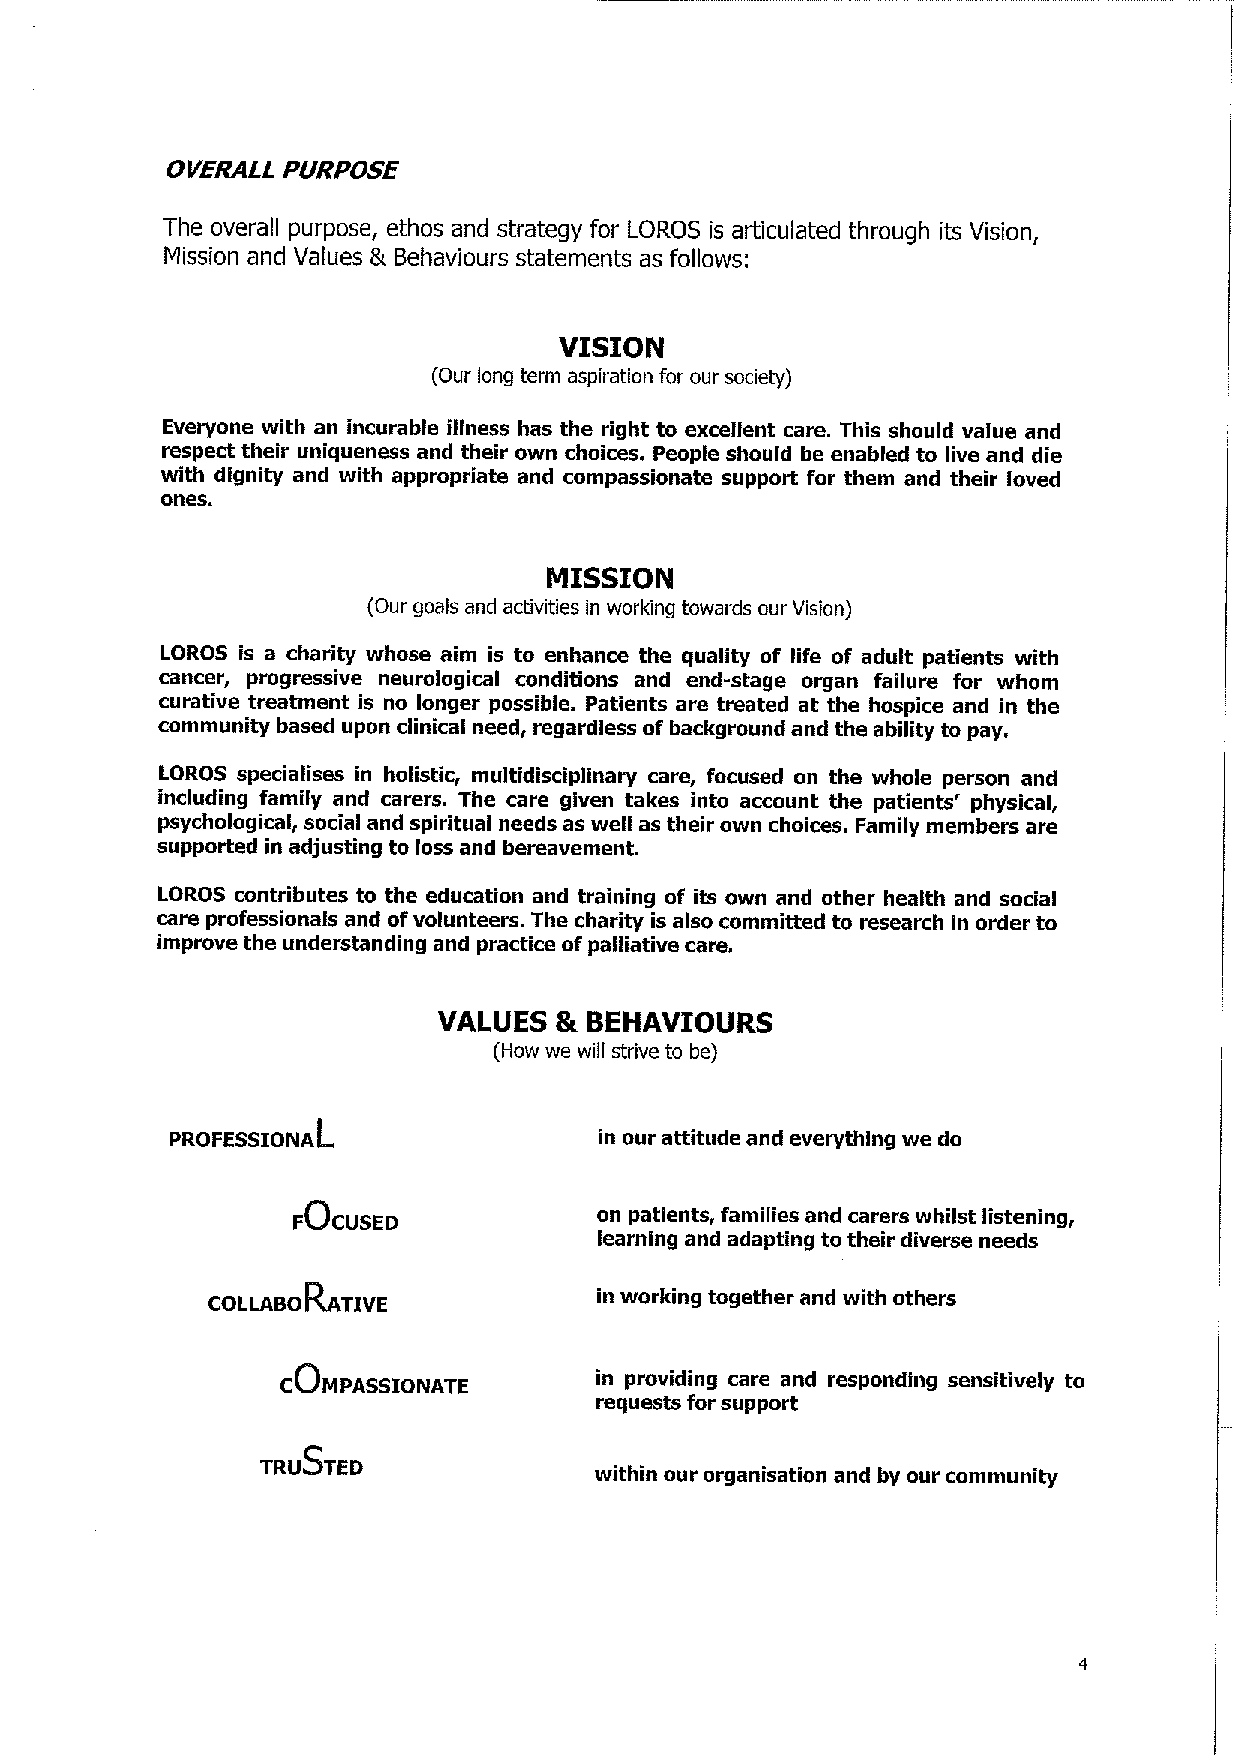
OVERALL PURPOSE
 The overall purpose, ethos and strategy for LOROS is articulated through its Vision,
 Mission and Values & Behaviours statements as follows:
 VISION
 (Our long term aspiration for our society)
 Everyone with an incurable illness has the right to excellent care. This should value and
 respect their uniqueness and their own choices. People should be enabled to live and die
 with dignity and with appropriate and compassionate support for them and their loved
 ones.
 MISSION
 (Our goals and activities in working towards our Vision)
 LOROS is a charity whose aim is to enhance the quality of life of adult patients with
 cancer, progressive neurological conditions and end-stage organ failure for whom
 curative treatment is no longer possible. Patients are treated at the hospice and in the
 community based upon clinical need, regardless of background and the ability to pay.
 LOROS specialises in holistic, multidisciplinary care, focused on the whole person and
 including family and carers. The care given takes into account the patients' physical,
 psychological, social and spiritual needs as well as their own choices. Family members are
 supported in adjusting to loss and bereavement.
 LOROS contributes to the education and training of its own and other health and social
 care professionals and of volunteers. The charity is also committed to research in order to
 improve the understanding and practice of palliative care.
 VALUES  & BEHAVIOURS
 (How we will strive to be)
 PROFESSIONAL                 in our attitude and everything we do
 on patients, families and carers whilst listening,
 FOCUSED
 learning and adapting to their diverse needs
 COLLABORATIVE            in working together and with others
 in providing care and responding sensitively to
 COMPASSIONATE
 requests for support
 TRUSTED
 within our organisation and by our community
 4